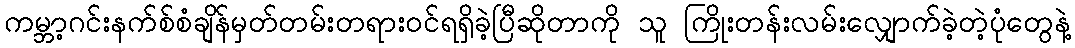
ကမ္ဘာ့ဂင်းနက်စ်စံချိန်မှတ်တမ်းတရားဝင်ရရှိခဲ့ပြီဆိုတာကို သူ ကြိုးတန်းလမ်းလျှောက်ခဲ့တဲ့ပုံတွေနဲ့